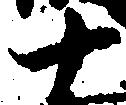
十